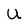
Character: U